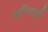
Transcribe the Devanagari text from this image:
खींचतीं